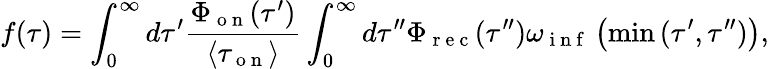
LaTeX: f(\tau)=\int_{0}^{\infty}d\tau^{\prime}\frac{\Phi_{\mathrm{~o~n~}}(\tau^{\prime})}{\langle\tau_{\mathrm{~o~n~}}\rangle}\int_{0}^{\infty}d\tau^{\prime\prime}\Phi_{\mathrm{~r~e~c~}}(\tau^{\prime\prime})\omega_{\mathrm{~i~n~f~}}\left(\operatorname*{min}{(\tau^{\prime},\tau^{\prime\prime})}\right),